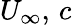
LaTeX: U_{\infty},\, c